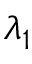
\lambda _ { 1 }